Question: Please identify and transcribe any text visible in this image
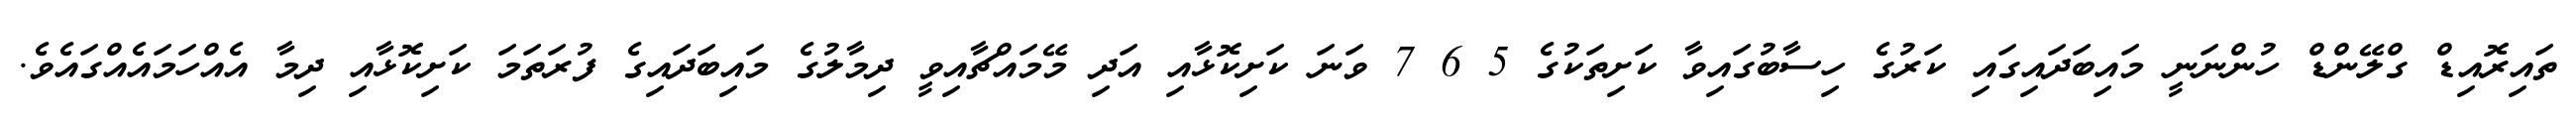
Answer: ތައިރޮއިޑް ގްލޭންޑް ހުންނަނީ މައިބަދައިގައި ކަރުގެ ހިސާބުގައިވާ ކަށިތަކުގެ 5 6 7 ވަނަ ކަށިކޮޅާއި އަދި މޭމައްޗާއިވީ ދިމާލުގެ މައިބަދައިގެ ފުރަތަމަ ކަށިކޮޅާއި ދިމާ އެއްހަމައެއްގައެވެ.